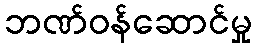
ဘဏ်ဝန်ဆောင်မှု